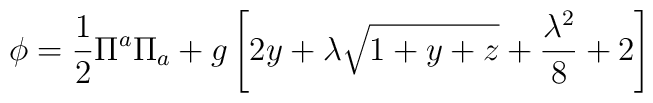
\phi=\frac{1}{2}\Pi^a\Pi_a+g\left[2y+\lambda\sqrt{1+y+z}+\frac{\lambda^2}{8}+2\right]